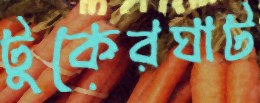
টুকেরঘাট